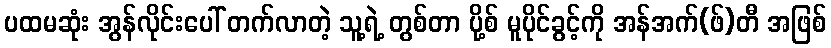
ပထမဆုံး အွန်လိုင်းပေါ် တက်လာတဲ့ သူ့ရဲ့ တွစ်တာ ပို့စ် မူပိုင်ခွင့်ကို အန်အက်(ဖ်)တီ အဖြစ်